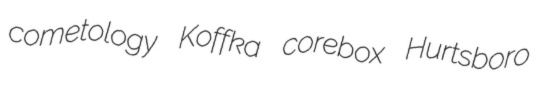
cometology Koffka corebox Hurtsboro